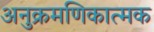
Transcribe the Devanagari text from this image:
अनुक्रमणिकात्मक